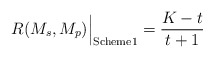
\begin{align*}R(M_s,M_p) \Big|_{\textrm{Scheme1}}=\frac{K-t}{t+1}\end{align*}